Indian journal of veterinary science and animal husbandry - Volume 2,
Year: 1932
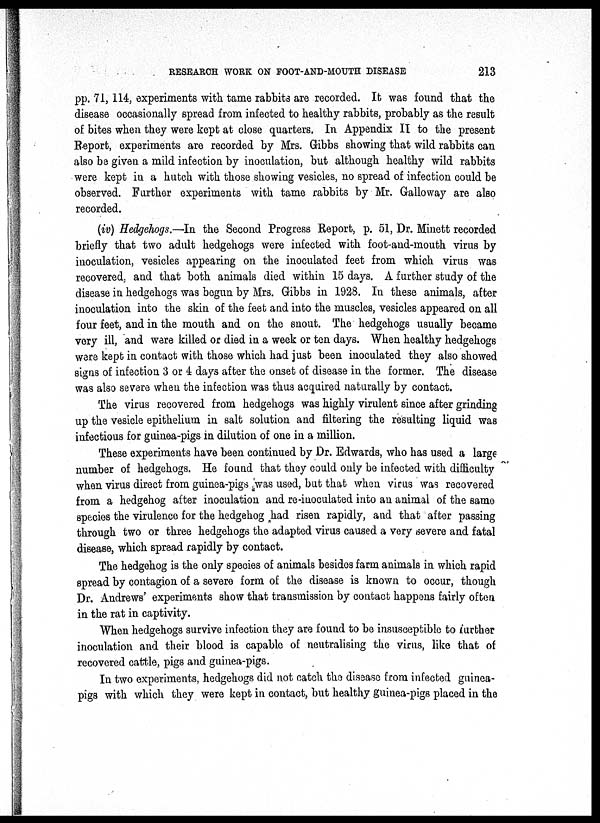
RESEARCH WORK ON FOOT-AND-MOUTH DISEASE
213
pp. 71, 114, experiments with tame rabbits are recorded. It was found that the
disease occasionally spread from infected to healthy rabbits, probably as the result
of bites when they were kept at close quarters. In Appendix II to the present
Report, experiments are recorded by Mrs. Gibbs showing that wild rabbits can
also be given a mild infection by inoculation, but although healthy wild rabbits
were kept in a hutch with those showing vesicles, no spread of infection could be
observed. Further experiments with tame rabbits by Mr. Galloway are also
recorded.
(iv) Hedgehogs.—In the Second Progress Report, p. 51, Dr. Minett recorded
briefly that two adult hedgehogs were infected with foot-and-mouth virus by
inoculation, vesicles appearing on the inoculated feet from which virus was
recovered, and that both animals died within 15 days. A further study of the
disease in hedgehogs was begun by Mrs. Gibbs in 1928. In these animals, after
inoculation into the skin of the feet and into the muscles, vesicles appeared on all
four feet, and in the mouth and on the snout. The hedgehogs usually became
very ill, and were killed or died in a week or ten days. When healthy hedgehogs
were kept in contact with those which had just been inoculated they also showed
signs of infection 3 or 4 days after the onset of disease in the former. The disease
was also severe when the infection was thus acquired naturally by contact.
The virus recovered from hedgehogs was highly virulent since after grinding
up the vesicle epithelium in salt solution and filtering the resulting liquid was
infectious for guinea-pigs in dilution of one in a million.
These experiments have been continued by Dr. Edwards, who has used a large
number of hedgehogs. He found that they could only be infected with difficulty
when virus direct from guinea-pigs was used, but that when virus was recovered
from a hedgehog after inoculation and re-inoculated into an animal of the same
species the virulence for the hedgehog had risen rapidly, and that after passing
through two or three hedgehogs the adapted virus caused a very severe and fatal
disease, which spread rapidly by contact.
The hedgehog is the only species of animals besides farm animals in which rapid
spread by contagion of a severe form of the disease is known to occur, though
Dr. Andrews' experiments show that transmission by contact happens fairly often
in the rat in captivity.
When hedgehogs survive infection they are found to be insusceptible to further
inoculation and their blood is capable of neutralising the virus, like that of
recovered cattle, pigs and guinea-pigs.
In two experiments, hedgehogs did not catch the disease from infected guinea-
pigs with which they were kept in contact, but healthy guinea-pigs placed in the